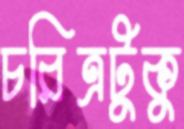
চরিত্রটুকু